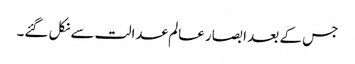
جس کے بعد ابصار عالم عدالت سے نکل گئے۔